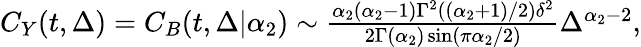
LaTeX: \begin{array}{r}{C_{Y}(t,\Delta)=C_{B}(t,\Delta|\alpha_{2})\sim\frac{\alpha_{2}\left(\alpha_{2}-1\right)\Gamma^{2}\left(\left(\alpha_{2}+1\right)/2\right)\delta^{2}}{2\Gamma\left(\alpha_{2}\right)\sin\left(\pi\alpha_{2}/2\right)}\Delta^{\alpha_{2}-2},}\end{array}